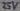
Text: 25V